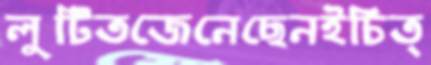
লুটিতজেনেছেনইচিত্